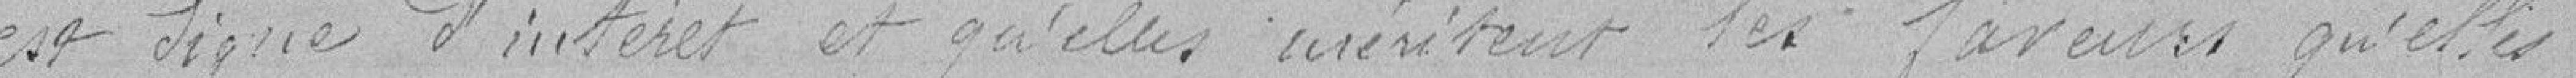
est digne d'intérêt et qu'elles méritent les faveurs qu'elles